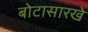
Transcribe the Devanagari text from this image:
बोटासारखे